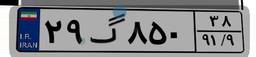
۲۹گ۸۵۰۳۸